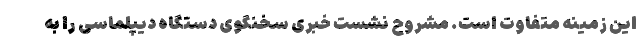
این زمینه متفاوت است. مشروح نشست خبری سخنگوی دستگاه دیپلماسی را به